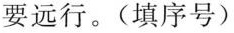
要远行。(填序号)